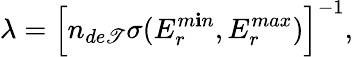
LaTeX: \lambda=\Bigl[n_{de\mathscr{T}}\sigma(E_{r}^{m\mathbf{i}n},E_{r}^{max})\Bigr]^{-1},